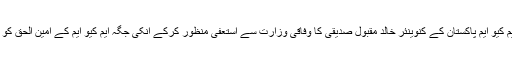
اسی طرح وزیراعظم نے ایم کیو ایم پاکستان کے کنوینئر خالد مقبول صدیقی کا وفاقی وزارت سے استعفیٰ منظور کرکے انکی جگہ ایم کیو ایم کے امین الحق کو کابینہ میں شامل کرلیا ہے۔